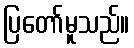
ပြတော်မူသည်။